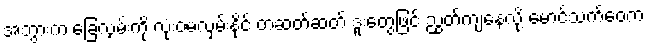
အဘွားက ခြေလှမ်းကို လုံးဝမလှမ်းနိုင် တဆတ်ဆတ် ဒူးတွေဖြင့် ညွတ်ကျနေလို့ မောင်သက်ဝေက